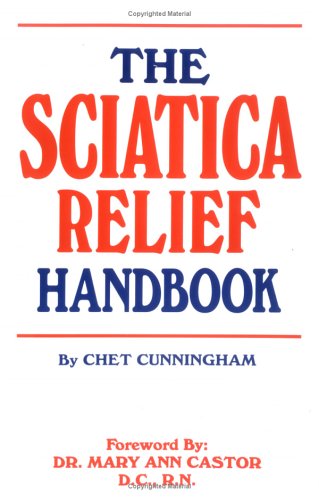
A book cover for The Sciatica Relief Handbook; Chet Cunningham; Health, Fitness & Dieting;